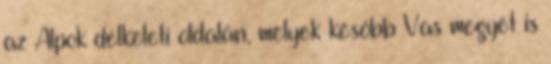
az Alpok délkeleti oldalán, melyek később Vas megyét is